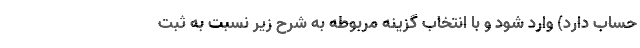
حساب دارد) وارد شود و با انتخاب گزینه مربوطه به شرح زیر نسبت به ثبت